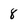
Character: 8